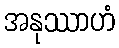
အနုဿာဟံ